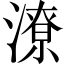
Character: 潦